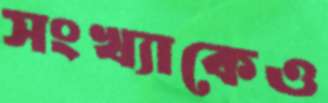
সংখ্যাকেও